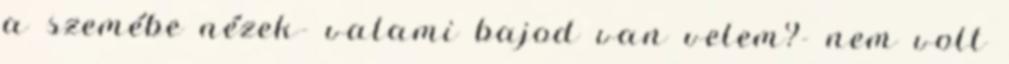
a szemébe nézek- valami bajod van velem?- nem volt